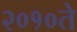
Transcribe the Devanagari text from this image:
२०१०ते